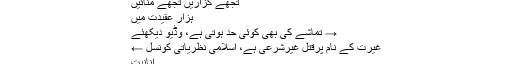
اے رمضان کبھی آیا
ٖغریبوں کے آنگن میں
تجھے گزاریں تجھے منائیں
ہزار عقیدت میں
→ تماشے کی بھی کوئی حد ہوتی ہے، وڈیو دیکھئے
غیرت کے نام پرقتل غیرشرعی ہے، اسلامی نظریاتی کونسل ←
انانیّت
انسان ایک مخلوق ہے غذائیت کی مشین نہیں
سیکولر نصاب سے کیا مراد ہے؟